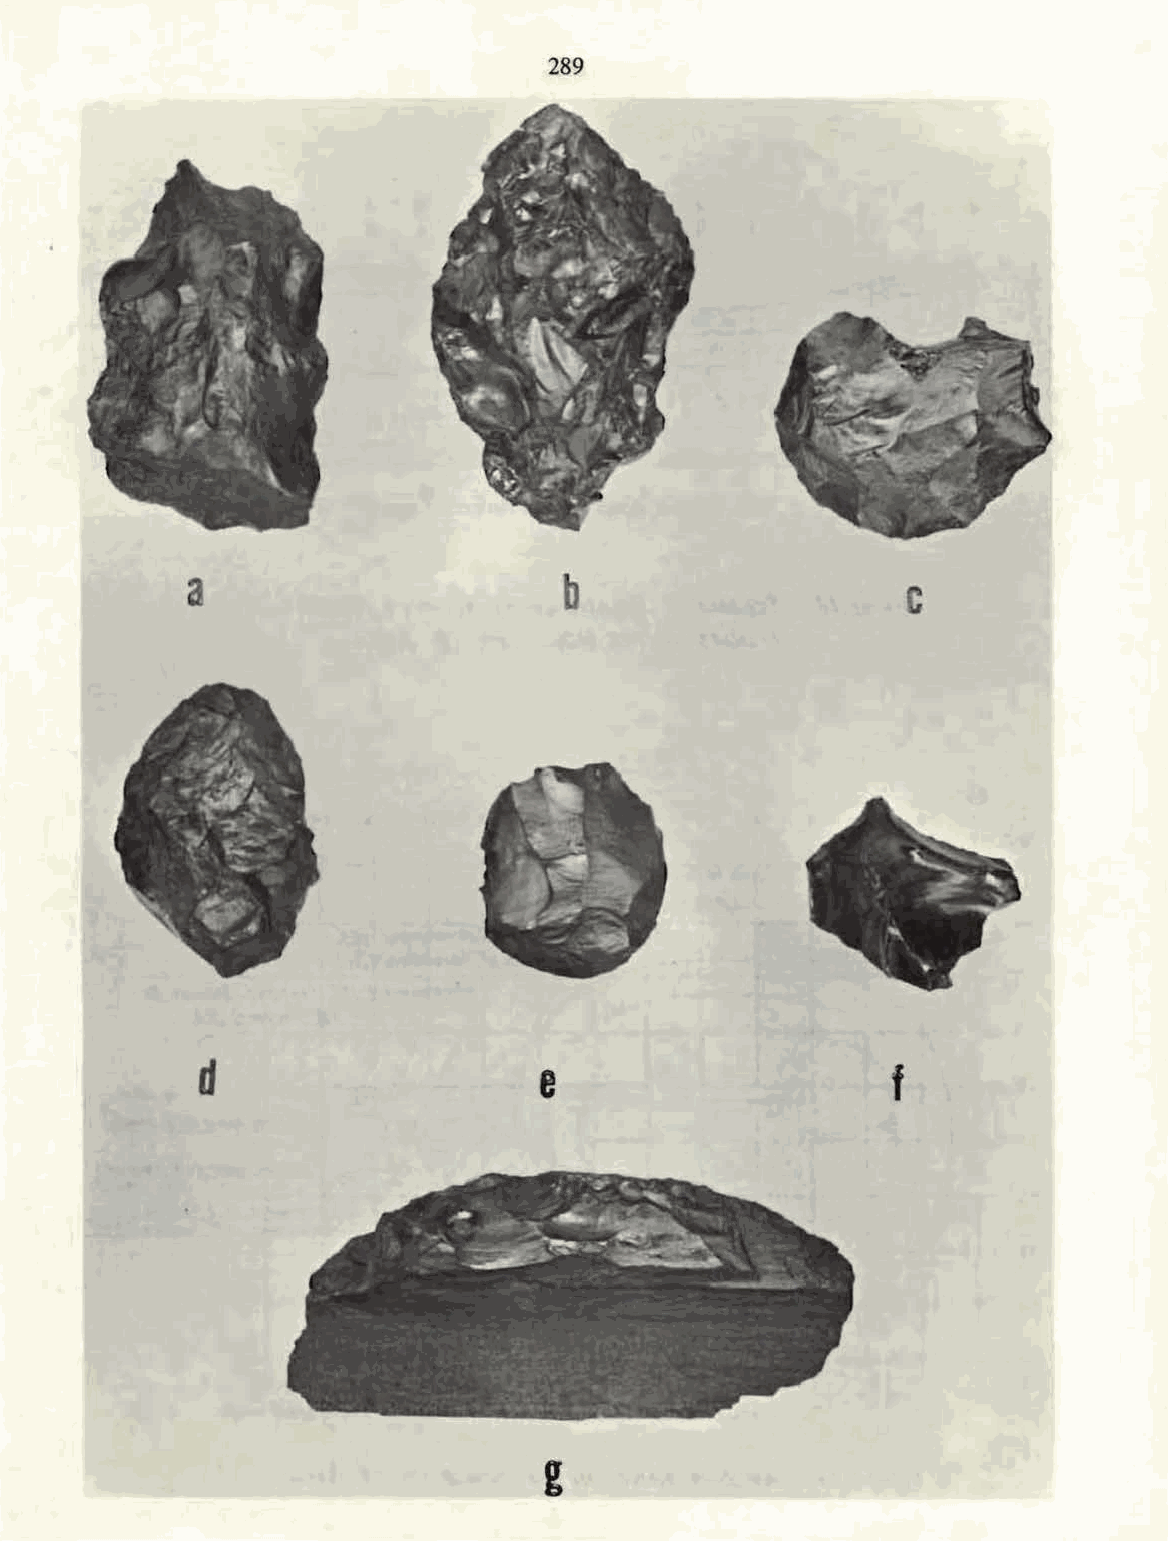
289
 a
 b                      c
 d                      e
 f
 g